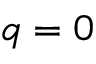
q = 0